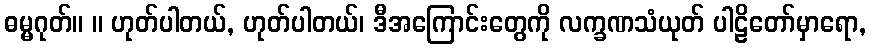
ဓမ္မဂုတ်။ ။ ဟုတ်ပါတယ်, ဟုတ်ပါတယ်၊ ဒီအကြောင်းတွေကို လက္ခဏသံယုတ် ပါဠိတော်မှာရော,